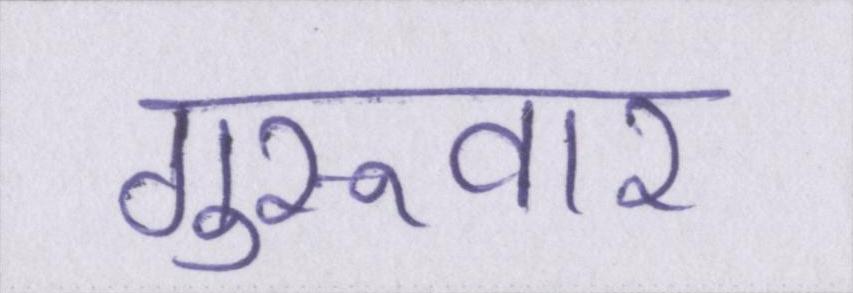
गुरूवार